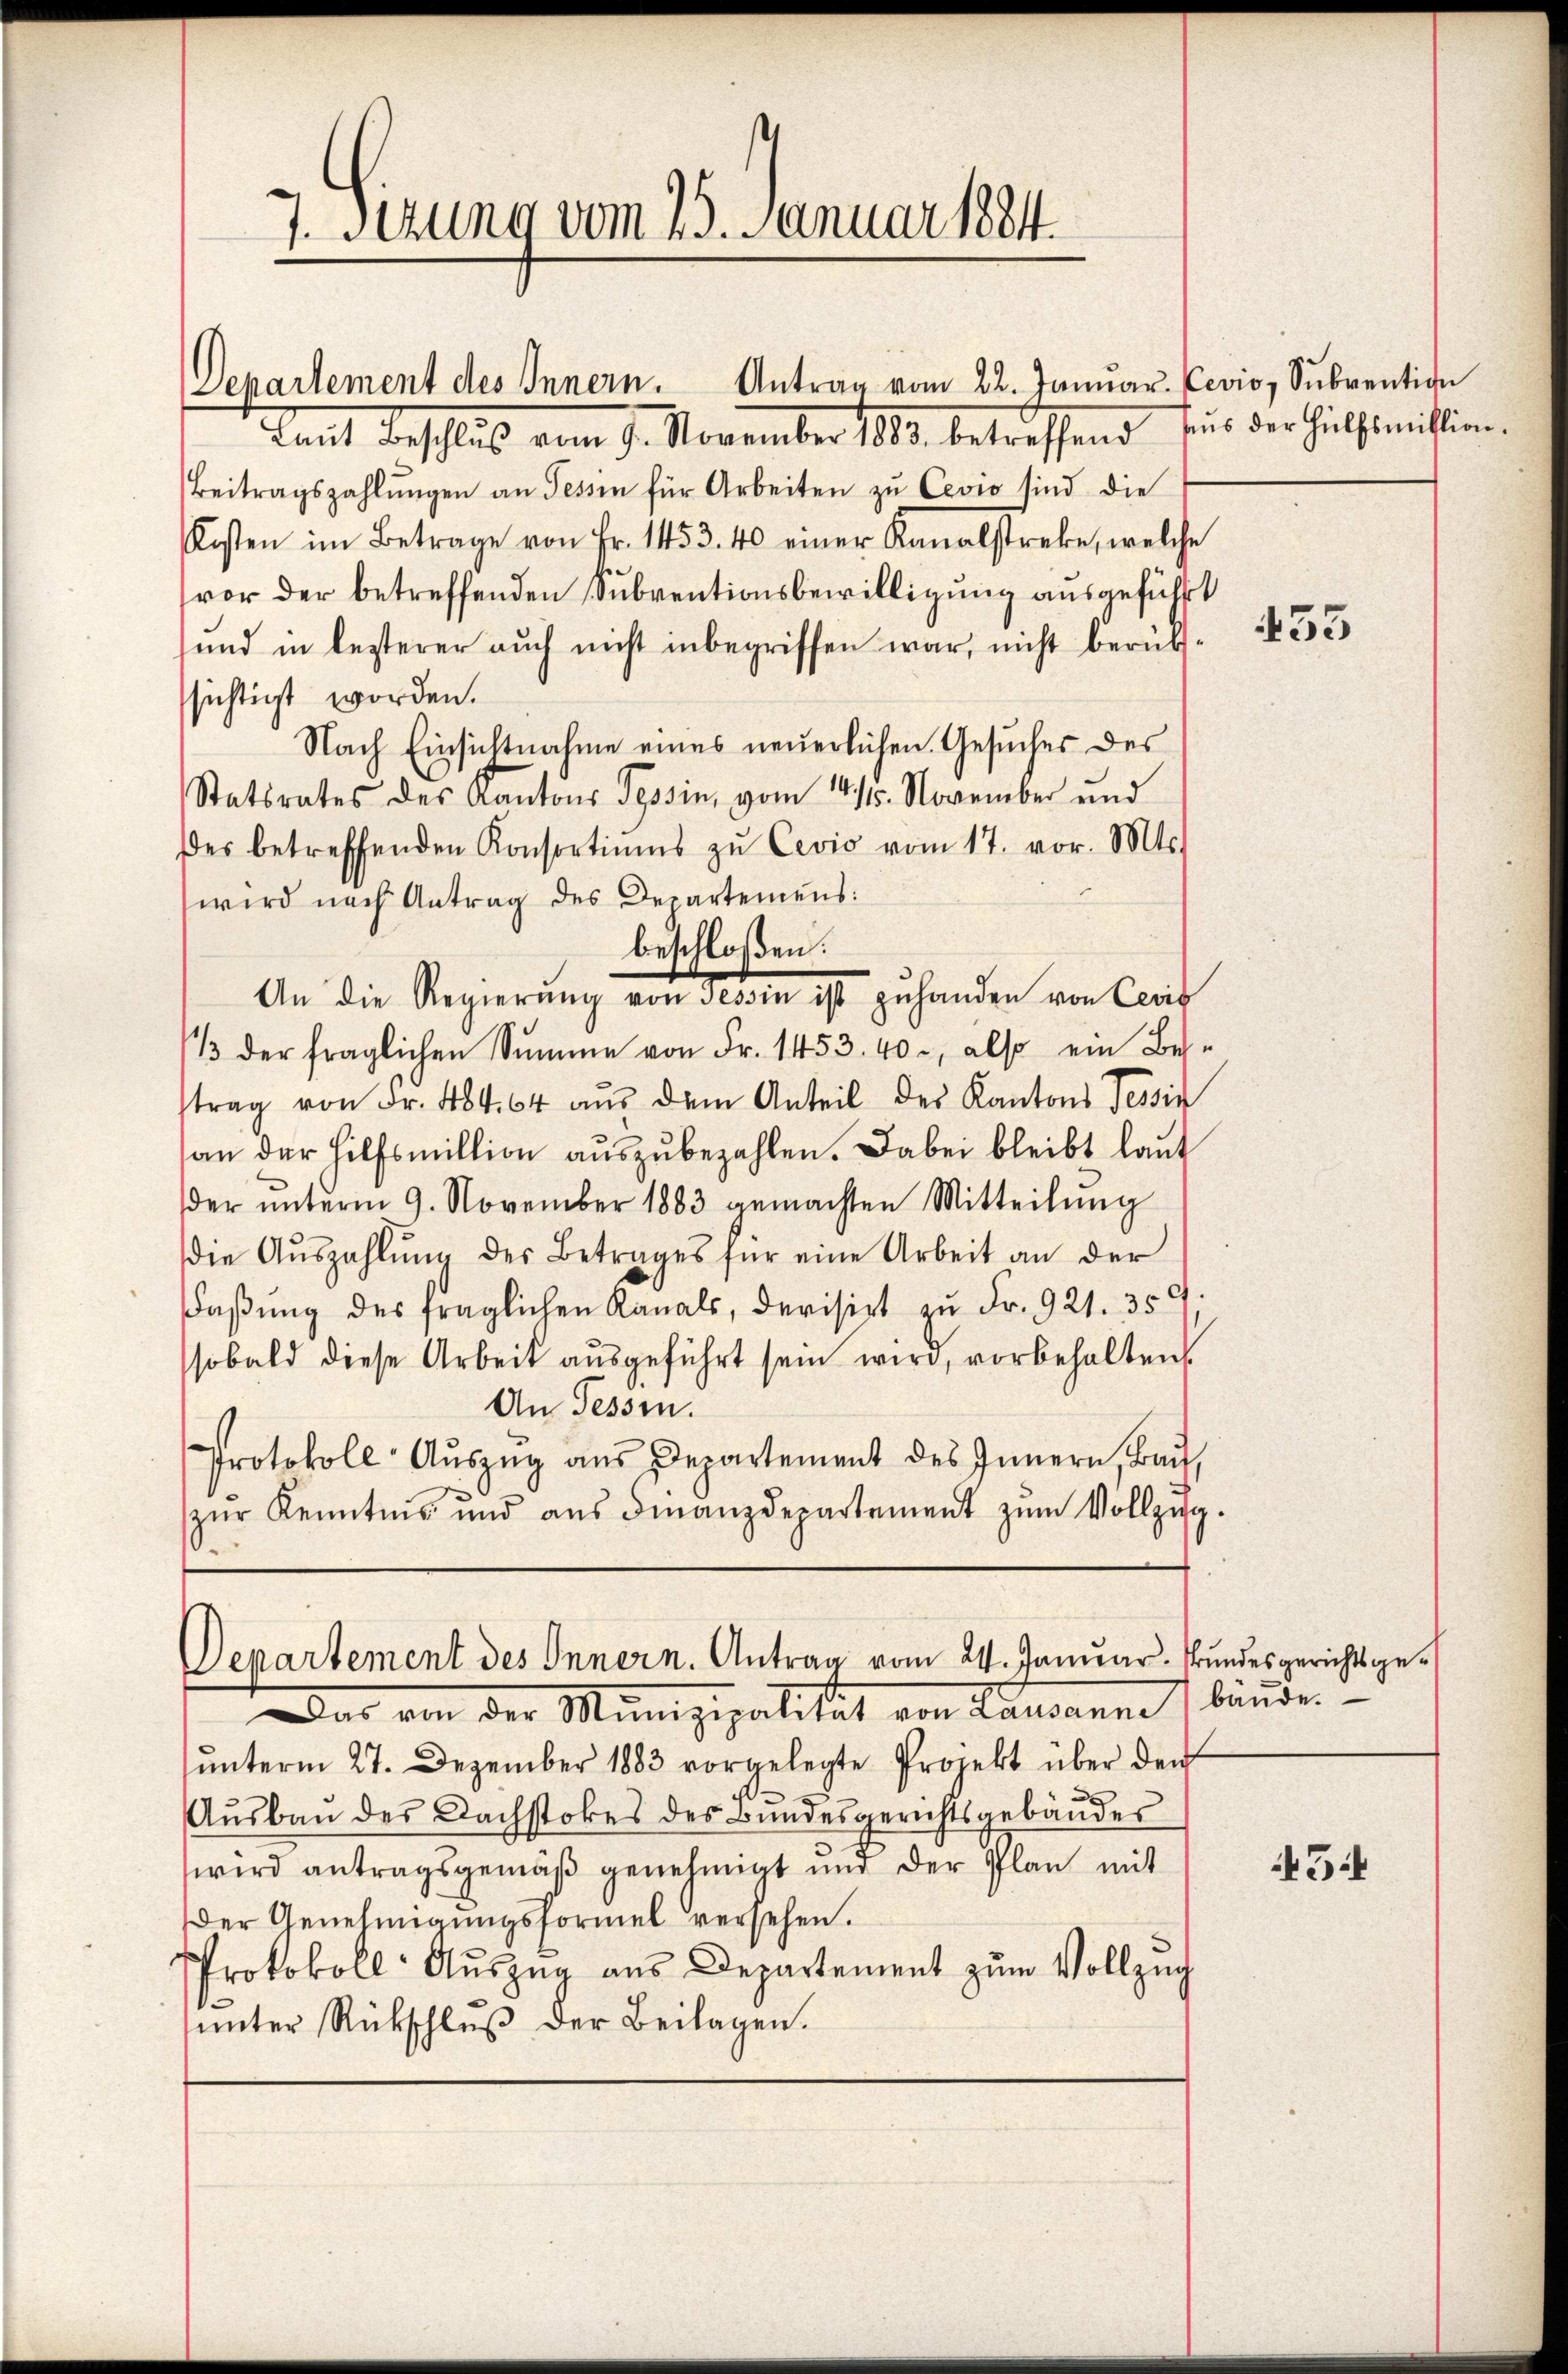
7. Sitzung vom 25. Januar 1884.

Antrag vom 22. Janŭar Levio, Sŭbvention
Lant beschluß vom 17. November 180. betreffend bis der Hülfsmitten,
Beitragszahlŭngen an Tessin für Arbeiten zu Cevio sind die
Kosten im Betrage von Fr. 1453. 40 einer Kanalstreke, welche
vor der betreffenden Subventionsbewilligung ausgeführt
und in lezterer auch nicht inbegriffen war, nicht berükssichtigt worden.
Nach Einsichtnahme eines neuerlichen Gesuches des
Statsrates des Kantons Tessin, vom 14. November und
des betreffenden Konsortiums zŭ Cević vom 17. vor. Mts.
wird nach Antrag des Departemens:
beschloßen:
An die Regierung von dem ist zu handen von Cant
/3 der fraglichen Sŭmme von Fr. 1453. 40, also ein Bestrag von Fr. 48464 aŭs dem Anteil der Kantons Tessin
an der Hilfsmillion aŭszŭbezahlen. Dabei bleibt laut
der ŭnterm 9. November 1883 gemachten Mitteilŭng
die Aŭszahlŭng des Betrages für eine Arbeit an der
Faßung des fraglichen Kanals, devisirt zu Fr. 921. 359
sobald diese Arbeit ausgeführt sein wird, vorbehalten
An Tessin.
Protokoll- Aŭszŭg ans Departement des Innern, Baŭ,
zŭr Kenntnis und aŭs Finanzdepartement zŭm Vollzŭg.

Departement des Innern.

Departement des Innern. Antrag vom 24. Januar. Bundesgerichtsge¬

Das von der Munizipalität von Lausanne bander
ŭnterm 27. Dezember 1883 vorgelegte Projekt über den
Aŭsbaŭ des Nachstokes des Bundesgerichtsgebäŭder
wird antragsgemäß genehmigt und der Plan mit
Der Genehmigŭngsformel versehen.
Protokoll Aŭszŭg aŭs Departement zum Vollzuch
unter Rückschluß der Beilagen.

455

45